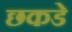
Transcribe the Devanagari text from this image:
छकडे